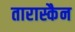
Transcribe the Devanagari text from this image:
तारास्कैन